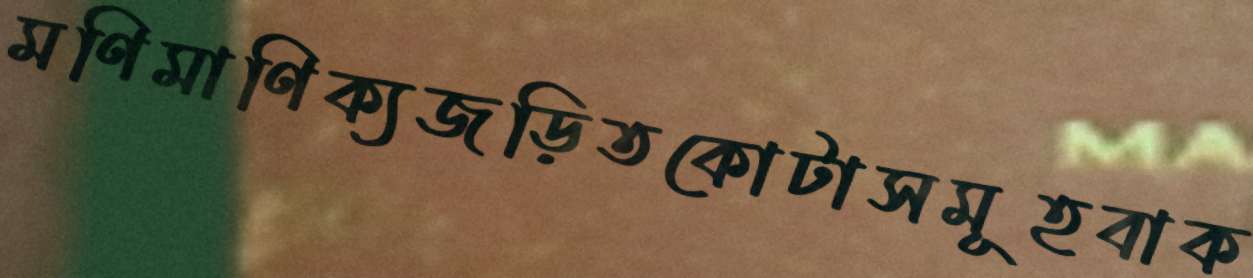
মণিমাণিক্যজড়িতকোটাসমূহবাক